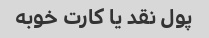
پول نقد یا کارت خوبه